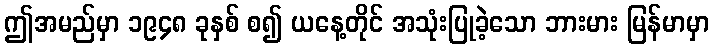
ဤအမည်မှာ ၁၉၄၈ ခုနှစ် စ၍ ယနေ့တိုင် အသုံးပြုခဲ့သော ဘားမား မြန်မာမှာ